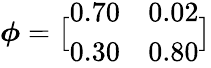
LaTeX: \boldsymbol{\phi}=\bigl[\begin{array}{ll}{0.70}&{0.02}\\ {0.30}&{0.80}\end{array}\bigr]